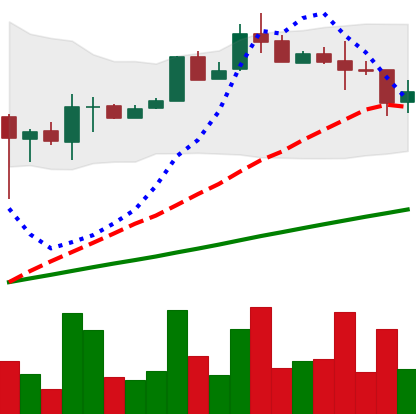
Ticker: LTC-USD
Chart end date: 2017-08-16
Forward return: 8.572%
Label: up_7plus